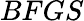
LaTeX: BFGS